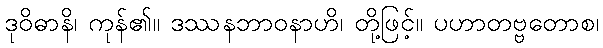
ဒုဝိဓာနိ၊ ကုန်၏။ ဒဿနဘာဝနာဟိ၊ တို့ဖြင့်။ ပဟာတဗ္ဗတောစ၊